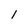
Character: l